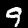
Label: 9